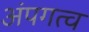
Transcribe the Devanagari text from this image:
अंपगत्व